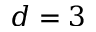
d = 3